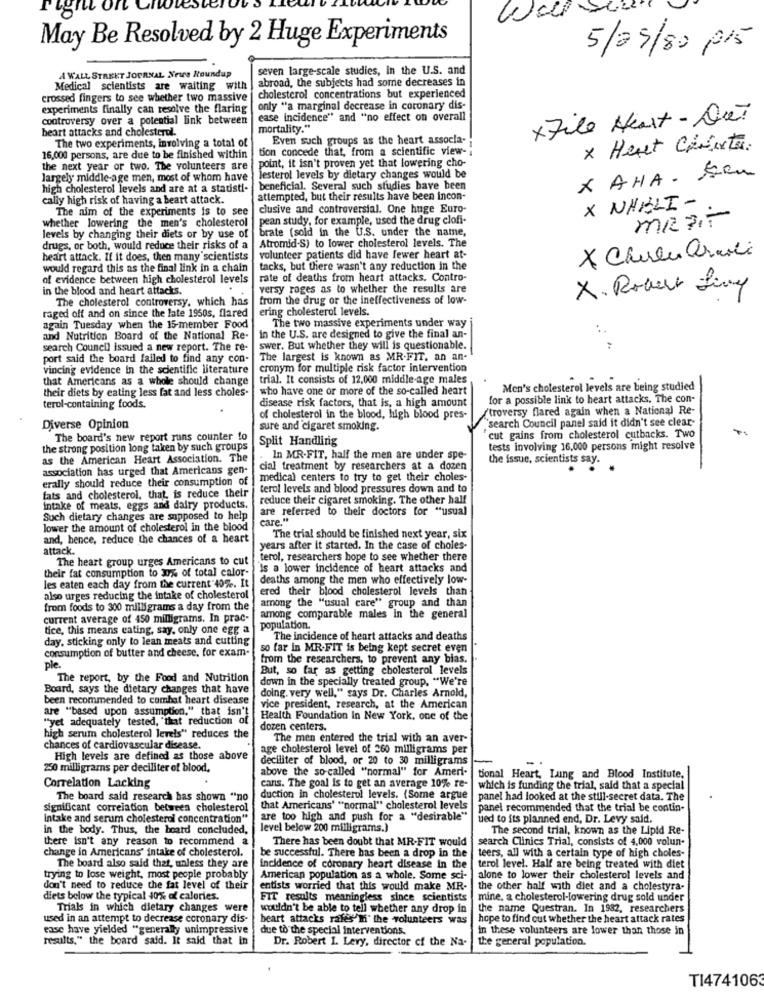
May Be Resolved by 2 Huge Experiments
5/25/80 PIS
seven large-scale studies, in the U.S. and
A WALL STREET JOURNAL News Roundup
abroad, the subjects had some decreases in
Medical scientists are waiting with
crossed fingers to see whether two massive |
cholesterol concentrations but experienced
experiments finally can resolve the flaring
only "a marginal decrease in coronary dis-
controversy over a potential link between
ease incidence" and "no effect on overall
xFile Heart - Diet
heart attacks and cholesterol.
mortality."
Even such groups as the heart assocla-
The two experiments, involving a total of
tion concede that, from a scientific view -;
x Hent Contexte.
16,000 persons, are due to be finished within
the next year or two. The volunteers are
point, it isn't proven yet that lowering cho-
largely middle-age men, most of whom have
Jesterol levels by dietary changes would be
x AHA . Seu
high cholesterol levels and are at a statisti-
beneficial. Several such studies have been
cally high risk of having a heart attack.
attempted, but their results have been incon-
The aim of the experiments is to see
clusive and controversial. One huge Euro-
X NHELI -
whether lowering the men's cholesterol
pean study, for example, used the drug clofi-
MR AT
brate (sold in the U.S. under the name,
levels by changing their diets or by use of
drugs, or both, would reduce their risks of a
Atromid-S) to lower cholesterol levels. The
heart attack. If it does, then many scientists
volunteer patients did have fewer heart at-
X Chirle armi
would regard this as the final link in a chain
tacks, but there wasn't any reduction in the
of evidence between high cholesterol levels
rate of deaths from heart attacks. Contro-
in the blood and heart attacks.
versy roges as to whether the results are
X. Robert Liny
The cholesterol controversy, which has
from the drug or the ineffectiveness of low-
ering cholesterol levels.
raged off and on since the late 1960s, flared
again Tuesday when the 15-member Food
The two massive experiments under way
and Nutrition Board of the National Re-
in the U.S. are designed to give the final an-
search Council issued a new report. The re-
swer. But whether they will is questionable.
:
port said the board failed to find any con-
The largest is known as MR.FIT, an an-
vincing evidence In the scientific literature
cronym for multiple risk factor intervention
that Americans as a whole should change
trial. It consists of 12,000 middle-age males
...
their diets by eating less fat and less choles-
who have one or more of the so-called heart
Men's cholesterol levels are being studied
disease risk factors, that is, a high amount
for a possible link to heart attacks, The con-
terol-containing foods.
troversy flared again when a National Re-
of cholesterol in the blood, high blood pres-
"search Council panel said it didn't see clear-
Diverse Opinion
sure and cigaret smoking.
The board's new report runs counter to
Split Handling
cut gains from cholesterol cutbacks. Two
the strong position long taken by such groups
tests involving 16,000 persons might resolve
as the American Heart Association. The
. In MR-FIT, half the men are under spe-
the issue, scientists say.
association has urged that Americans gen-
cial treatment by researchers at a dozen
erally should reduce their consumption of
medical centers to try to get their choles-
terol levels and blood pressures down and to
fats and cholesterol. that is reduce their
reduce their cigaret smoking. The other half
intake of meats. eggs and dairy products.
are referred to their doctors for "usual
Such dietary changes are supposed to help
care."
lower the amount of cholesterol in the blood
and, hence, reduce the chances of a heart
The trial should be finished next year, six
attack.
years after it started. In the case of choles-
The heart group urges Americans to cut
terol, researchers hope to see whether there
their fat consumption to 3% of total calor-
is a lower incidence of heart attacks and
deaths among the men who effectively low-
les eaten each day from the current 40%. It
ered their blood cholesterol levels than
also urges reducing the intake of cholesterol
from foods to 300 milligrams a day from the
among the "usual care" group and than
current average of 450 milligrams. In prac-
among comparable males in the general
tice, this means cating, say, only one egg a
population.
day, sticking only to lean meats and cutting
The incidence of heart attacks and deaths
so far in MR-FIT is being kept secret even
consumption of butter and cheese. for exam-
from the researchers, to prevent any bias.
ple.
But, so far as getting cholesterol levels
The report, by the Food and Nutrition
down in the specially treated group, "We're
Board, says the dietary changes that have
doing. very well," says Dr. Charles Arnold,
been recommended to combat heart disease
are "based upon assumption," that isn't
vice president, research, at the American
"yet adequately tested, "that reduction of
Health Foundation In New York, one of the
dozen centers.
high serum cholesterol levels" reduces the
The men entered the trial with an aver-
chances of cardiovascular disease.
age cholesterol level of 260 milligrams per
High levels are defined as those above
deciliter of blood, or 20 to 30 milligrams
250 milligrams per deciliter of blood.
above the so-called "normal" for Ameri-
Correlation Lacking
cans. The goal is to get an average 10% re-
tional Heart, Lung and Blood Institute,
which is funding the trial, said that a special
The board said research has shown "no
duction in cholesterol levels. (Some argue
panel had looked at the still-secret data. The
significant correlation between cholesterol
that Americans' "normal" cholesterol levels
panel recommended that the trial be contin-
Intake and serum cholesterol concentration"
are too high and push for a "desirable"
bed to its planned end, Dr. Levy said.
in the body. Thus, the board concluded,
level below 200 milligrams.)
The second trial, known as the Lipid Re-
there isn't any reason to recommend a
There has been doubt that MR-FIT would
search Clinics Trial, consists of 4,000 volun.
change in Americans' intake of cholesterol.
be successful. There has been a drop in the
teers, all with a certain type of high choles-
The board also said that, unless they are
incidence of coronary heart disease in the
terol level. Half are being treated with diet
trying to lose weight, most people probably
American population as a whole. Some sci-
alone to lower their cholesterol levels and
don't need to reduce the fat level of their
entists worried that this would make MR-
the other half with diet and a cholestyra-
diets below the typical 40% of calories.
FIT results meaningless since scientists
mine. a cholesterol-lowering drug sold under
Trials in which dietary changes were
wouldn't be able to tell whether any drop in
the name Questran. In 1982, researchers
used in an attempt to decrease coronary dis-
heart attacks rales'I' the volunteers was
hope to find out whether the heart attack rates
ease have yielded "generally unimpressive
due to the special interventions.
in these volunteers are lower than those in
results." the board said. It said that in
Dr. Robert 1. Levy, director of the Na-
the general population.
TI4741063